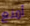
أمنع